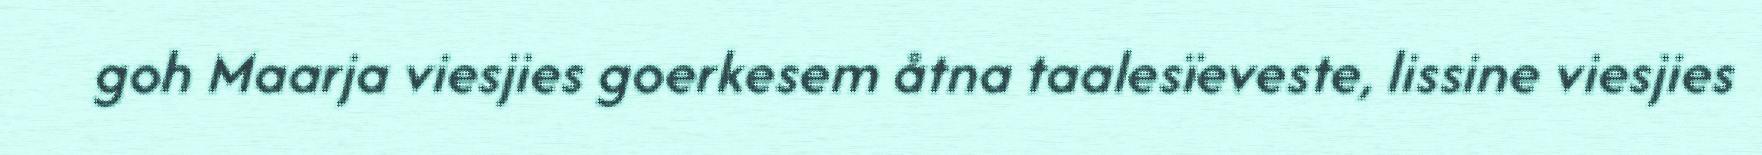
goh Maarja viesjies goerkesem åtna taalesïeveste, lissine viesjies